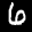
Label: 6